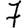
Digit: 7